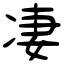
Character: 凄